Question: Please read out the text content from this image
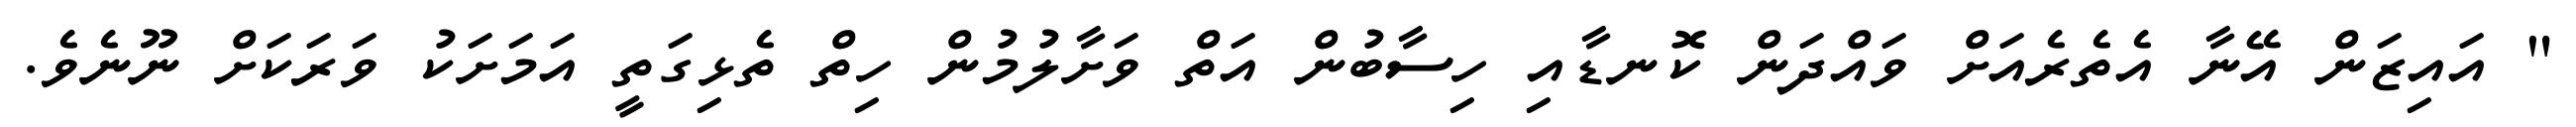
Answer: " އައިޒަން އޭނާ އެތެރެއަށް ވައްދަން ކޮނޑާއި ހިސާބުން އަތް ވަށާލުމުން ހިތް ތެޅިގަތީ އަމަށަކު ވަރަކަށް ނޫނެވެ.